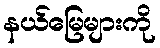
နယ်မြေများကို